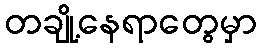
တချို့နေရာတွေမှာ